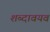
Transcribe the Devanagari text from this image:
शब्दावयव